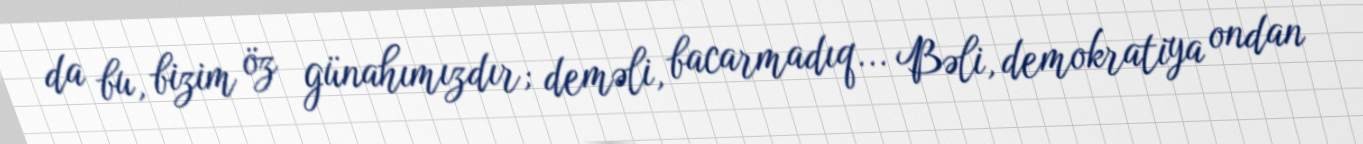
da bu, bizim öz günahımızdır; deməli, bacarmadıq... Bəli, demokratiya ondan